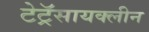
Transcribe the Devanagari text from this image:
टेट्रॅसायक्लीन